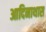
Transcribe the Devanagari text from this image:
आदिनाथास